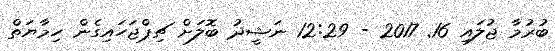
ބުރުމާ ޖުލައި 16